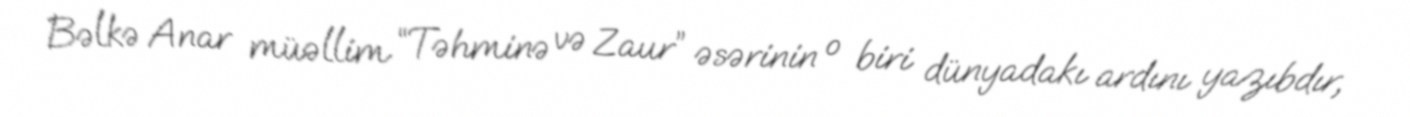
Bəlkə Anar müəllim “Təhminə və Zaur” əsərinin o biri dünyadakı ardını yazıbdır,